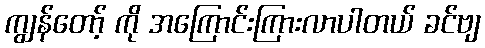
ကျွန်တော့် ကို အကြောင်းကြားလာပါတယ် ခင်ဗျ